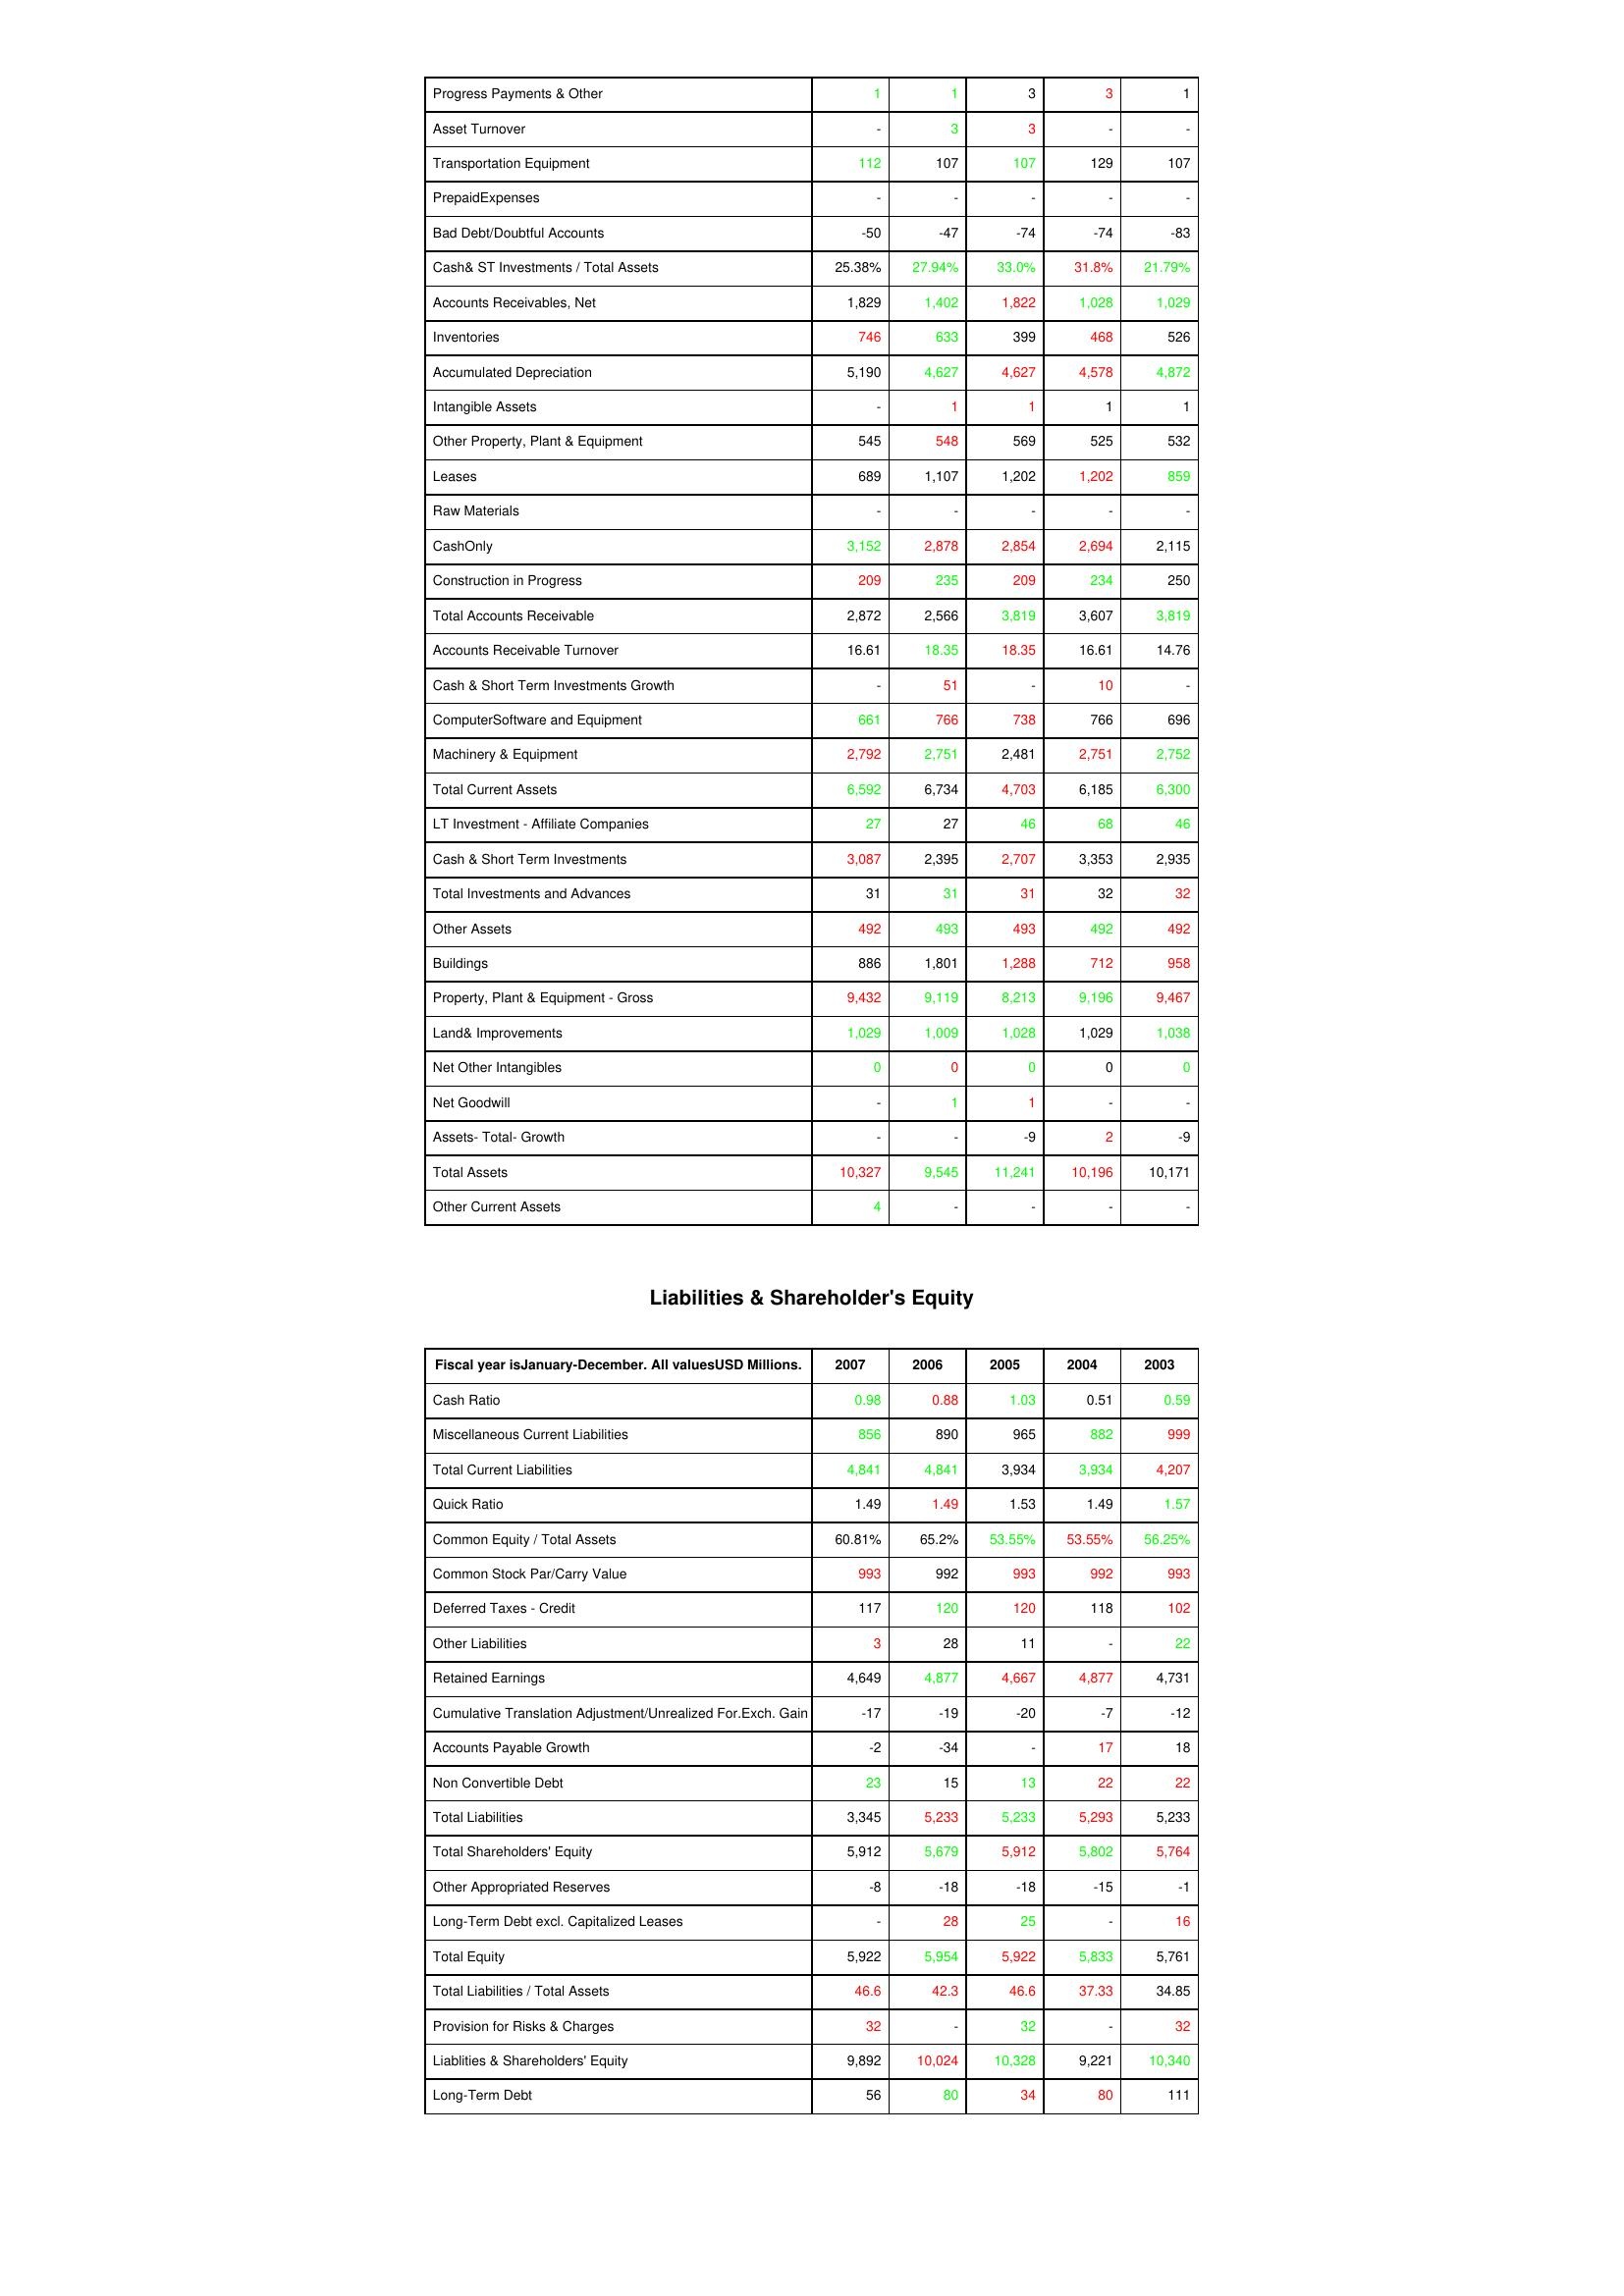
gt_parse: 2007: Assets: Progress Payments & Other: 1
Asset Turnover: -
Transportation Equipment: 112
PrepaidExpenses: -
Bad Debt/Doubtful Accounts: -50
Cash& ST Investments / Total Assets: 25.38%
Accounts Receivables, Net: 1,829
Inventories: 746
Accumulated Depreciation: 5,190
Intangible Assets: -
Other Property, Plant & Equipment: 545
Leases: 689
Raw Materials: -
CashOnly: 3,152
Construction in Progress: 209
Total Accounts Receivable: 2,872
Accounts Receivable Turnover: 16.61
Cash & Short Term Investments Growth: -
ComputerSoftware and Equipment: 661
Machinery & Equipment: 2,792
Total Current Assets: 6,592
LT Investment - Affiliate Companies: 27
Cash & Short Term Investments: 3,087
Total Investments and Advances: 31
Other Assets: 492
Buildings: 886
Property, Plant & Equipment - Gross : 9,432
Land& Improvements: 1,029
Net Other Intangibles: 0
Net Goodwill: -
Assets- Total- Growth: -
Total Assets: 10,327
Other Current Assets: 4
Liabilities & Shareholder's Equity: Cash Ratio: 0.98
Miscellaneous Current Liabilities: 856
Total Current Liabilities: 4,841
Quick Ratio: 1.49
Common Equity / Total Assets: 60.81%
Common Stock Par/Carry Value: 993
Deferred Taxes - Credit: 117
Other Liabilities: 3
Retained Earnings: 4,649
Cumulative Translation Adjustment/Unrealized For.Exch. Gain: -17
Accounts Payable Growth: -2
Non Convertible Debt: 23
Total Liabilities: 3,345
Total Shareholders' Equity: 5,912
Other Appropriated Reserves: -8
Long-Term Debt excl. Capitalized Leases: -
Total Equity: 5,922
Total Liabilities / Total Assets: 46.6
Provision for Risks & Charges: 32
Liablities & Shareholders' Equity: 9,892
Long-Term Debt: 56
2006: Assets: Progress Payments & Other: 1
Asset Turnover: 3
Transportation Equipment: 107
PrepaidExpenses: -
Bad Debt/Doubtful Accounts: -47
Cash& ST Investments / Total Assets: 27.94%
Accounts Receivables, Net: 1,402
Inventories: 633
Accumulated Depreciation: 4,627
Intangible Assets: 1
Other Property, Plant & Equipment: 548
Leases: 1,107
Raw Materials: -
CashOnly: 2,878
Construction in Progress: 235
Total Accounts Receivable: 2,566
Accounts Receivable Turnover: 18.35
Cash & Short Term Investments Growth: 51
ComputerSoftware and Equipment: 766
Machinery & Equipment: 2,751
Total Current Assets: 6,734
LT Investment - Affiliate Companies: 27
Cash & Short Term Investments: 2,395
Total Investments and Advances: 31
Other Assets: 493
Buildings: 1,801
Property, Plant & Equipment - Gross : 9,119
Land& Improvements: 1,009
Net Other Intangibles: 0
Net Goodwill: 1
Assets- Total- Growth: -
Total Assets: 9,545
Other Current Assets: -
Liabilities & Shareholder's Equity: Cash Ratio: 0.88
Miscellaneous Current Liabilities: 890
Total Current Liabilities: 4,841
Quick Ratio: 1.49
Common Equity / Total Assets: 65.2%
Common Stock Par/Carry Value: 992
Deferred Taxes - Credit: 120
Other Liabilities: 28
Retained Earnings: 4,877
Cumulative Translation Adjustment/Unrealized For.Exch. Gain: -19
Accounts Payable Growth: -34
Non Convertible Debt: 15
Total Liabilities: 5,233
Total Shareholders' Equity: 5,679
Other Appropriated Reserves: -18
Long-Term Debt excl. Capitalized Leases: 28
Total Equity: 5,954
Total Liabilities / Total Assets: 42.3
Provision for Risks & Charges: -
Liablities & Shareholders' Equity: 10,024
Long-Term Debt: 80
2005: Assets: Progress Payments & Other: 3
Asset Turnover: 3
Transportation Equipment: 107
PrepaidExpenses: -
Bad Debt/Doubtful Accounts: -74
Cash& ST Investments / Total Assets: 33.0%
Accounts Receivables, Net: 1,822
Inventories: 399
Accumulated Depreciation: 4,627
Intangible Assets: 1
Other Property, Plant & Equipment: 569
Leases: 1,202
Raw Materials: -
CashOnly: 2,854
Construction in Progress: 209
Total Accounts Receivable: 3,819
Accounts Receivable Turnover: 18.35
Cash & Short Term Investments Growth: -
ComputerSoftware and Equipment: 738
Machinery & Equipment: 2,481
Total Current Assets: 4,703
LT Investment - Affiliate Companies: 46
Cash & Short Term Investments: 2,707
Total Investments and Advances: 31
Other Assets: 493
Buildings: 1,288
Property, Plant & Equipment - Gross : 8,213
Land& Improvements: 1,028
Net Other Intangibles: 0
Net Goodwill: 1
Assets- Total- Growth: -9
Total Assets: 11,241
Other Current Assets: -
Liabilities & Shareholder's Equity: Cash Ratio: 1.03
Miscellaneous Current Liabilities: 965
Total Current Liabilities: 3,934
Quick Ratio: 1.53
Common Equity / Total Assets: 53.55%
Common Stock Par/Carry Value: 993
Deferred Taxes - Credit: 120
Other Liabilities: 11
Retained Earnings: 4,667
Cumulative Translation Adjustment/Unrealized For.Exch. Gain: -20
Accounts Payable Growth: -
Non Convertible Debt: 13
Total Liabilities: 5,233
Total Shareholders' Equity: 5,912
Other Appropriated Reserves: -18
Long-Term Debt excl. Capitalized Leases: 25
Total Equity: 5,922
Total Liabilities / Total Assets: 46.6
Provision for Risks & Charges: 32
Liablities & Shareholders' Equity: 10,328
Long-Term Debt: 34
2004: Assets: Progress Payments & Other: 3
Asset Turnover: -
Transportation Equipment: 129
PrepaidExpenses: -
Bad Debt/Doubtful Accounts: -74
Cash& ST Investments / Total Assets: 31.8%
Accounts Receivables, Net: 1,028
Inventories: 468
Accumulated Depreciation: 4,578
Intangible Assets: 1
Other Property, Plant & Equipment: 525
Leases: 1,202
Raw Materials: -
CashOnly: 2,694
Construction in Progress: 234
Total Accounts Receivable: 3,607
Accounts Receivable Turnover: 16.61
Cash & Short Term Investments Growth: 10
ComputerSoftware and Equipment: 766
Machinery & Equipment: 2,751
Total Current Assets: 6,185
LT Investment - Affiliate Companies: 68
Cash & Short Term Investments: 3,353
Total Investments and Advances: 32
Other Assets: 492
Buildings: 712
Property, Plant & Equipment - Gross : 9,196
Land& Improvements: 1,029
Net Other Intangibles: 0
Net Goodwill: -
Assets- Total- Growth: 2
Total Assets: 10,196
Other Current Assets: -
Liabilities & Shareholder's Equity: Cash Ratio: 0.51
Miscellaneous Current Liabilities: 882
Total Current Liabilities: 3,934
Quick Ratio: 1.49
Common Equity / Total Assets: 53.55%
Common Stock Par/Carry Value: 992
Deferred Taxes - Credit: 118
Other Liabilities: -
Retained Earnings: 4,877
Cumulative Translation Adjustment/Unrealized For.Exch. Gain: -7
Accounts Payable Growth: 17
Non Convertible Debt: 22
Total Liabilities: 5,293
Total Shareholders' Equity: 5,802
Other Appropriated Reserves: -15
Long-Term Debt excl. Capitalized Leases: -
Total Equity: 5,833
Total Liabilities / Total Assets: 37.33
Provision for Risks & Charges: -
Liablities & Shareholders' Equity: 9,221
Long-Term Debt: 80
2003: Assets: Progress Payments & Other: 1
Asset Turnover: -
Transportation Equipment: 107
PrepaidExpenses: -
Bad Debt/Doubtful Accounts: -83
Cash& ST Investments / Total Assets: 21.79%
Accounts Receivables, Net: 1,029
Inventories: 526
Accumulated Depreciation: 4,872
Intangible Assets: 1
Other Property, Plant & Equipment: 532
Leases: 859
Raw Materials: -
CashOnly: 2,115
Construction in Progress: 250
Total Accounts Receivable: 3,819
Accounts Receivable Turnover: 14.76
Cash & Short Term Investments Growth: -
ComputerSoftware and Equipment: 696
Machinery & Equipment: 2,752
Total Current Assets: 6,300
LT Investment - Affiliate Companies: 46
Cash & Short Term Investments: 2,935
Total Investments and Advances: 32
Other Assets: 492
Buildings: 958
Property, Plant & Equipment - Gross : 9,467
Land& Improvements: 1,038
Net Other Intangibles: 0
Net Goodwill: -
Assets- Total- Growth: -9
Total Assets: 10,171
Other Current Assets: -
Liabilities & Shareholder's Equity: Cash Ratio: 0.59
Miscellaneous Current Liabilities: 999
Total Current Liabilities: 4,207
Quick Ratio: 1.57
Common Equity / Total Assets: 56.25%
Common Stock Par/Carry Value: 993
Deferred Taxes - Credit: 102
Other Liabilities: 22
Retained Earnings: 4,731
Cumulative Translation Adjustment/Unrealized For.Exch. Gain: -12
Accounts Payable Growth: 18
Non Convertible Debt: 22
Total Liabilities: 5,233
Total Shareholders' Equity: 5,764
Other Appropriated Reserves: -1
Long-Term Debt excl. Capitalized Leases: 16
Total Equity: 5,761
Total Liabilities / Total Assets: 34.85
Provision for Risks & Charges: 32
Liablities & Shareholders' Equity: 10,340
Long-Term Debt: 111